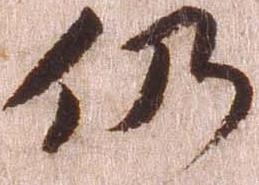
仍